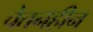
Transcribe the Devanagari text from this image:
चेतनहीन